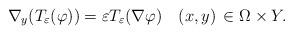
LaTeX: \begin{align*}\nabla_{y}(T_{\varepsilon}(\varphi))=\varepsilon T_{\varepsilon}(\nabla\varphi)\quad(x,y)\,\in\Omega\times Y.\end{align*}